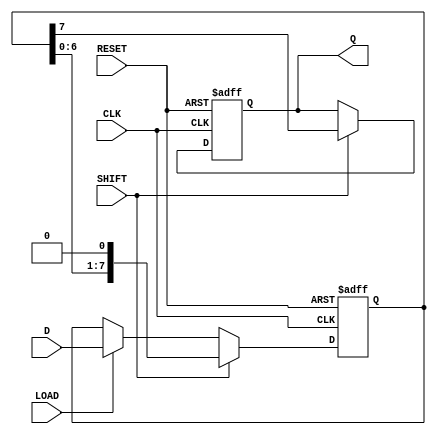
module TwoStagePISO #(
    parameter N = 8  // Number of bits in the register
)(
    input wire [N-1:0] D,     // Parallel data input
    input wire LOAD,           // Load signal
    input wire SHIFT,          // Shift signal
    input wire CLK,            // Clock signal
    input wire RESET,          // Asynchronous reset
    output reg Q              // Serial output
);

    reg [N-1:0] input_stage;  // Input stage register
    reg [N-1:0] output_stage; // Output stage register
    reg [N-1:0] shift_reg;    // Shift register for serial output

    // Asynchronous reset and loading data
    always @(posedge CLK or posedge RESET) begin
        if (RESET) begin
            input_stage <= 0;
            output_stage <= 0;
            shift_reg <= 0;
            Q <= 0;
        end else begin
            if (LOAD) begin
                input_stage <= D; // Load data into input stage
                output_stage <= D; // Initialize output stage with input data
                shift_reg <= D;    // Initialize shift register
            end
            if (SHIFT) begin
                // Shift data out on each clock cycle
                Q <= shift_reg[N-1]; // Output the MSB of the shift register
                shift_reg <= {shift_reg[N-2:0], 1'b0}; // Shift left
            end
        end
    end

    // Update output stage when SHIFT is asserted
    always @(posedge CLK) begin
        if (SHIFT) begin
            output_stage <= {output_stage[N-2:0], 1'b0}; // Shift output stage
        end
    end

endmodule